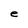
Character: e